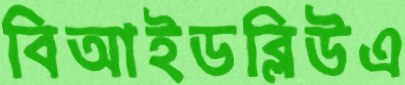
বিআইডব্লিউএ